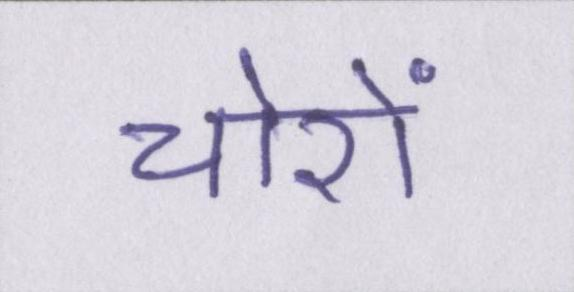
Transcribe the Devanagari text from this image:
चोरों